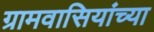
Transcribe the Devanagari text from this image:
ग्रामवासियांच्या